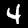
Digit: 4